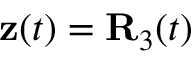
{ \bf z } ( t ) = { \bf R } _ { 3 } ( t )